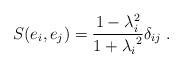
LaTeX: \begin{align*} S(e_i, e_j) = \frac{1- \lambda_i^2}{1+{\lambda_i}^2} \delta_{ij}\; .\end{align*}